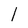
Character: l